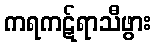
ကရကဋ်ရာသီဖွား